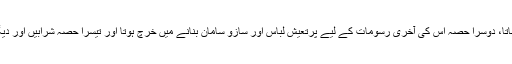
ایک حصہ اس کے خاندان کو دیا جاتا، دوسرا حصہ اس کی آخری رسومات کے لیے پرتعیش لباس اور سازو سامان بنانے میں خرچ ہوتا اور تیسرا حصہ شرابیں اور دیگر نشہ آور مشروبات پر لگایا جاتا۔